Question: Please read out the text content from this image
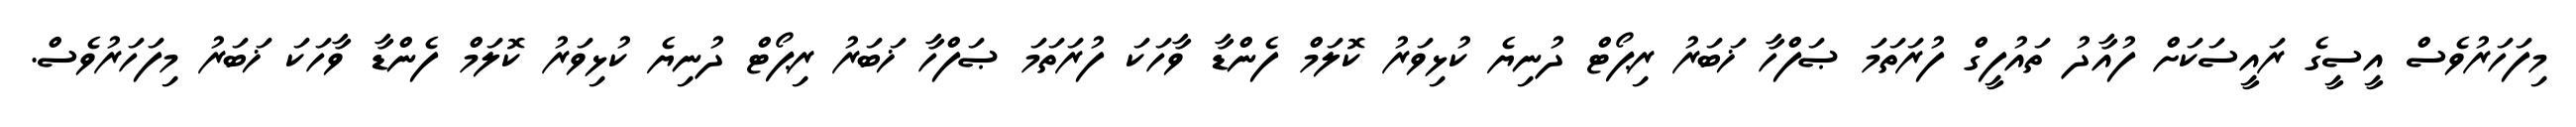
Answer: މިފަހަރުވެސް އީސީގެ ރައީސަކަށް ފުއާދު ތައުފީގް ފުރަތަމަ ޞަފްހާ ޚަބަރު ރިޕޯޓް ދުނިޔެ ކުޅިވަރު ކޮލަމް ފެންޑާ ވާހަކަ ފުރަތަމަ ޞަފްހާ ޚަބަރު ރިޕޯޓް ދުނިޔެ ކުޅިވަރު ކޮލަމް ފެންޑާ ވާހަކަ ޚަބަރު މިފަހަރުވެސް.